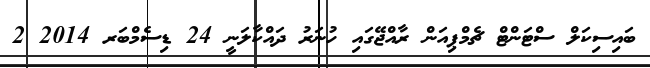
ބައިސިކަލް ސްޓަންޓް ޗެމްޕިއަން ރާއްޖޭގައި ހުނަރު ދައްކާލަނީ 24 ޑިސެމްބަރ 2014 2